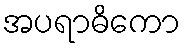
အပရာဓိကော